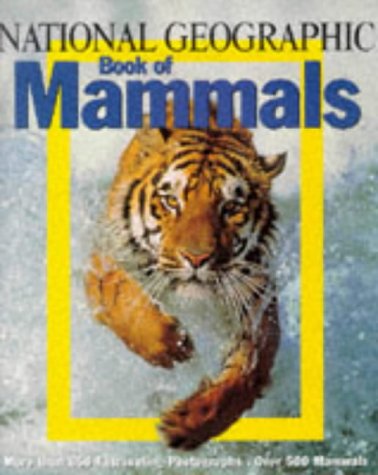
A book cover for National Geographic Book of Mammals; National Geographic Society; Reference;